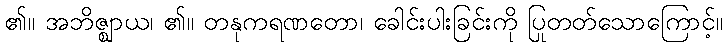
၏။ အဘိဇ္ဈာယ၊ ၏။ တနုကရဏတော၊ ခေါင်းပါးခြင်းကို ပြုတတ်သောကြောင့်။